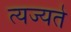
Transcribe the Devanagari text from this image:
त्यज्यते